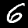
Label: 6